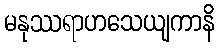
မနုဿရာဟသေယျကာနိ